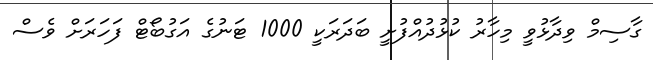
ގާސިމް ވިދާޅުވީ މިހާރު ކުޅުދުއްފުށީ ބަދަރަކީ 1000 ޓަނުގެ އަގުބޯޓް ފަހަރަށް ވެސް